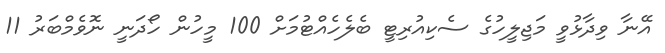
އޭނާ ވިދާޅުވީ މަޖިލީހުގެ ސެކިއުރިޓީ ބެލެހެއްޓުމަށް 100 މީހުން ހޯދަނީ ނޮވެމްބަރު 11